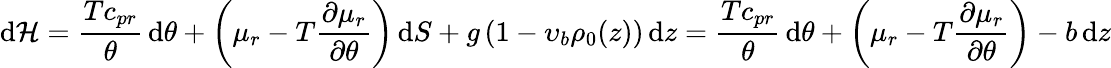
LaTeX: \mathrm{d}{\cal H}=\frac{Tc_{pr}}{\theta}\, \mathrm{d}\theta+\left(\mu_{r}-T\frac{\partial\mu_{r}}{\partial\theta}\right)\, \mathrm{d}S+g\left(1-\upsilon_{b}\rho_{0}(z)\right)\, \mathrm{d}z=\frac{Tc_{pr}}{\theta}\, \mathrm{d}\theta+\left(\mu_{r}-T\frac{\partial\mu_{r}}{\partial\theta}\right)-b\, \mathrm{d}z